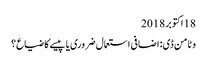
18 اکتوبر 2018
وٹامن ڈی: اضافی استعمال ضروری یا پیسے کا ضیاع؟